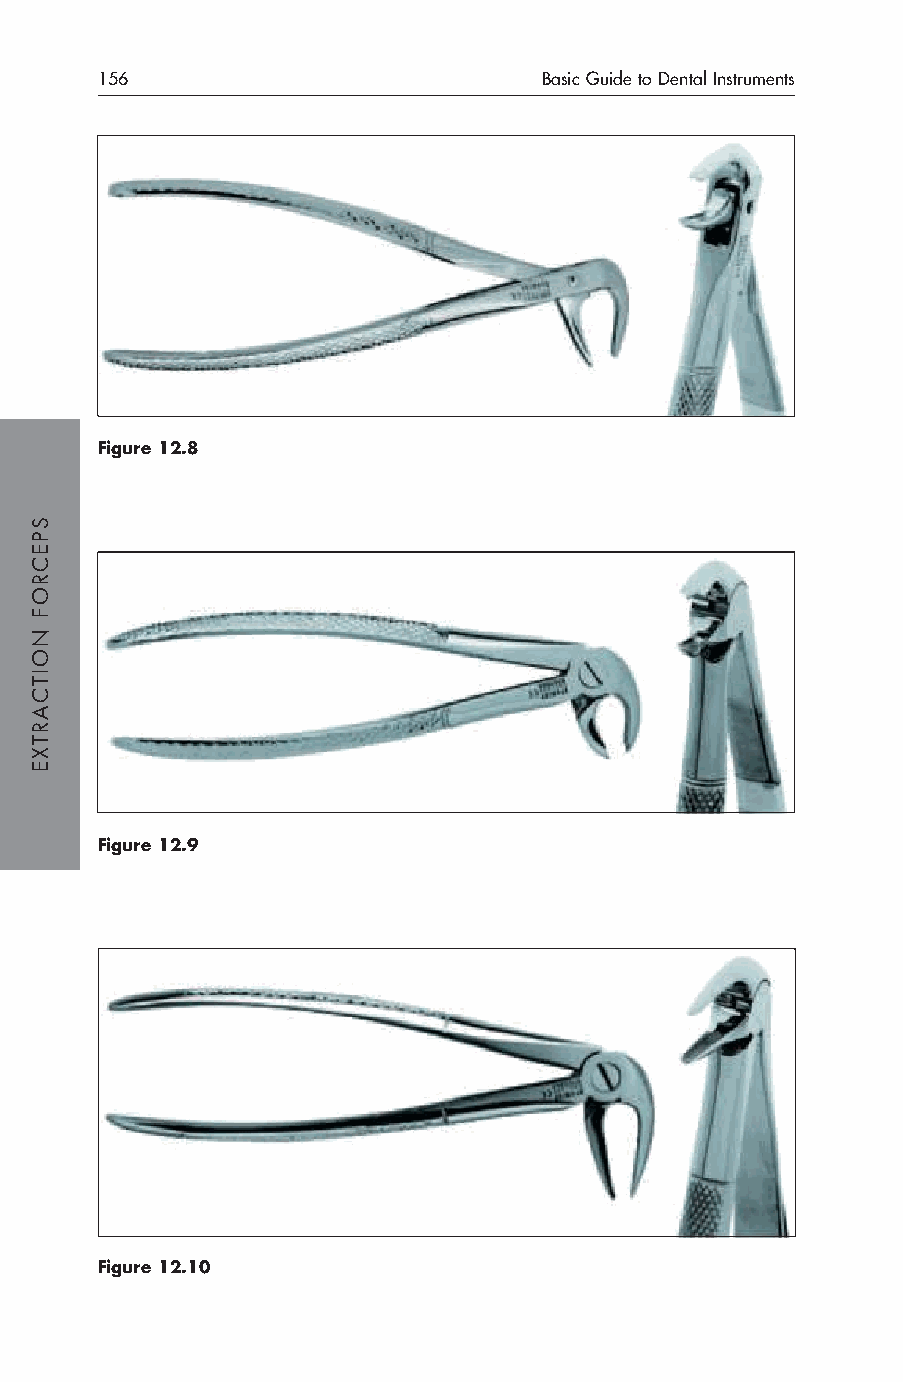
156                           Basic Guide to Dental Instruments
 Figure 12.8
 Figure 12.9
 Figure 12.10
 SPECROF
 NOITCARTXE